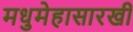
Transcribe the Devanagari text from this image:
मधुमेहासारखी